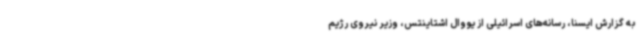
به گزارش ایسنا، رسانه‌های اسرائیلی از یووال اشتاینتس، وزیر نیروی رژیم